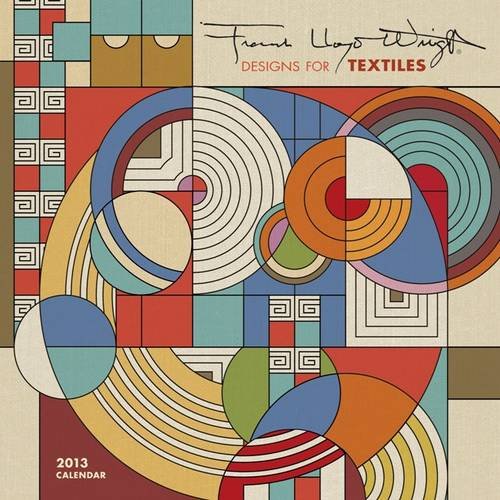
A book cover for Frank Lloyd Wright Designs 2013 Calendar; Frank Lloyd Wright Wright; Calendars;